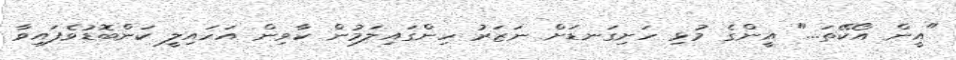
"އީން އޯކޭތަ..." އީންގެ މުޅި ހަށިގަނޑަށް ނަޒަރު ހިންގައިލަމުން ކާވިން އަހައިލީ ކަންބޮޑުވެފައިވާ